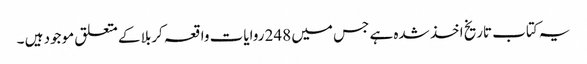
یہ کتاب تاریخ اخذ شدہ ہے جس میں 248 روایات واقعہ کربلا کے متعلق موجود ہیں ۔